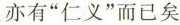
亦有“仁义”而已矣